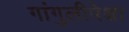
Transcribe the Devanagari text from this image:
गांगुलीपेक्षा